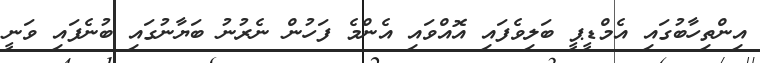
އިންތިހާބުގައި އެމްޑީޕީ ބަލިވެފައި އޮއްވައި އެންމެ ފަހުން ނެރުނު ބަޔާނުގައި ބުނެފައި ވަނީ